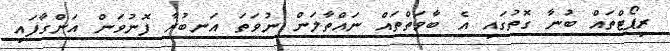
ރިޕޯޓްތައް ބުނާ ގޮތުގައި އެ ބާވަތްތައް ނައްތާލަން ނުވަތަ އަނބުރާ ފޮނުވަން އަންގާފައި